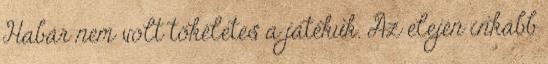
Habár nem volt tökéletes a játékuk. Az elején inkább